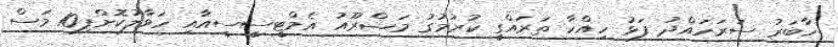
ހާބަރު ސަރަހައްދު ފަޅު ހިއްކާ ތަރައްގީ ކުރުމުގު މަޝްރޫއު އެމްޓީސީސީއާއި ހަވާލުކޮށްފި10 މަސް